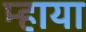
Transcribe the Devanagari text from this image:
म्हाया